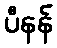
ပီနန်